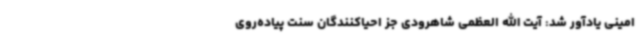
امینی یادآور شد: آیت الله العظمی شاهرودی جز احیاکنندگان سنت پیاده‌روی